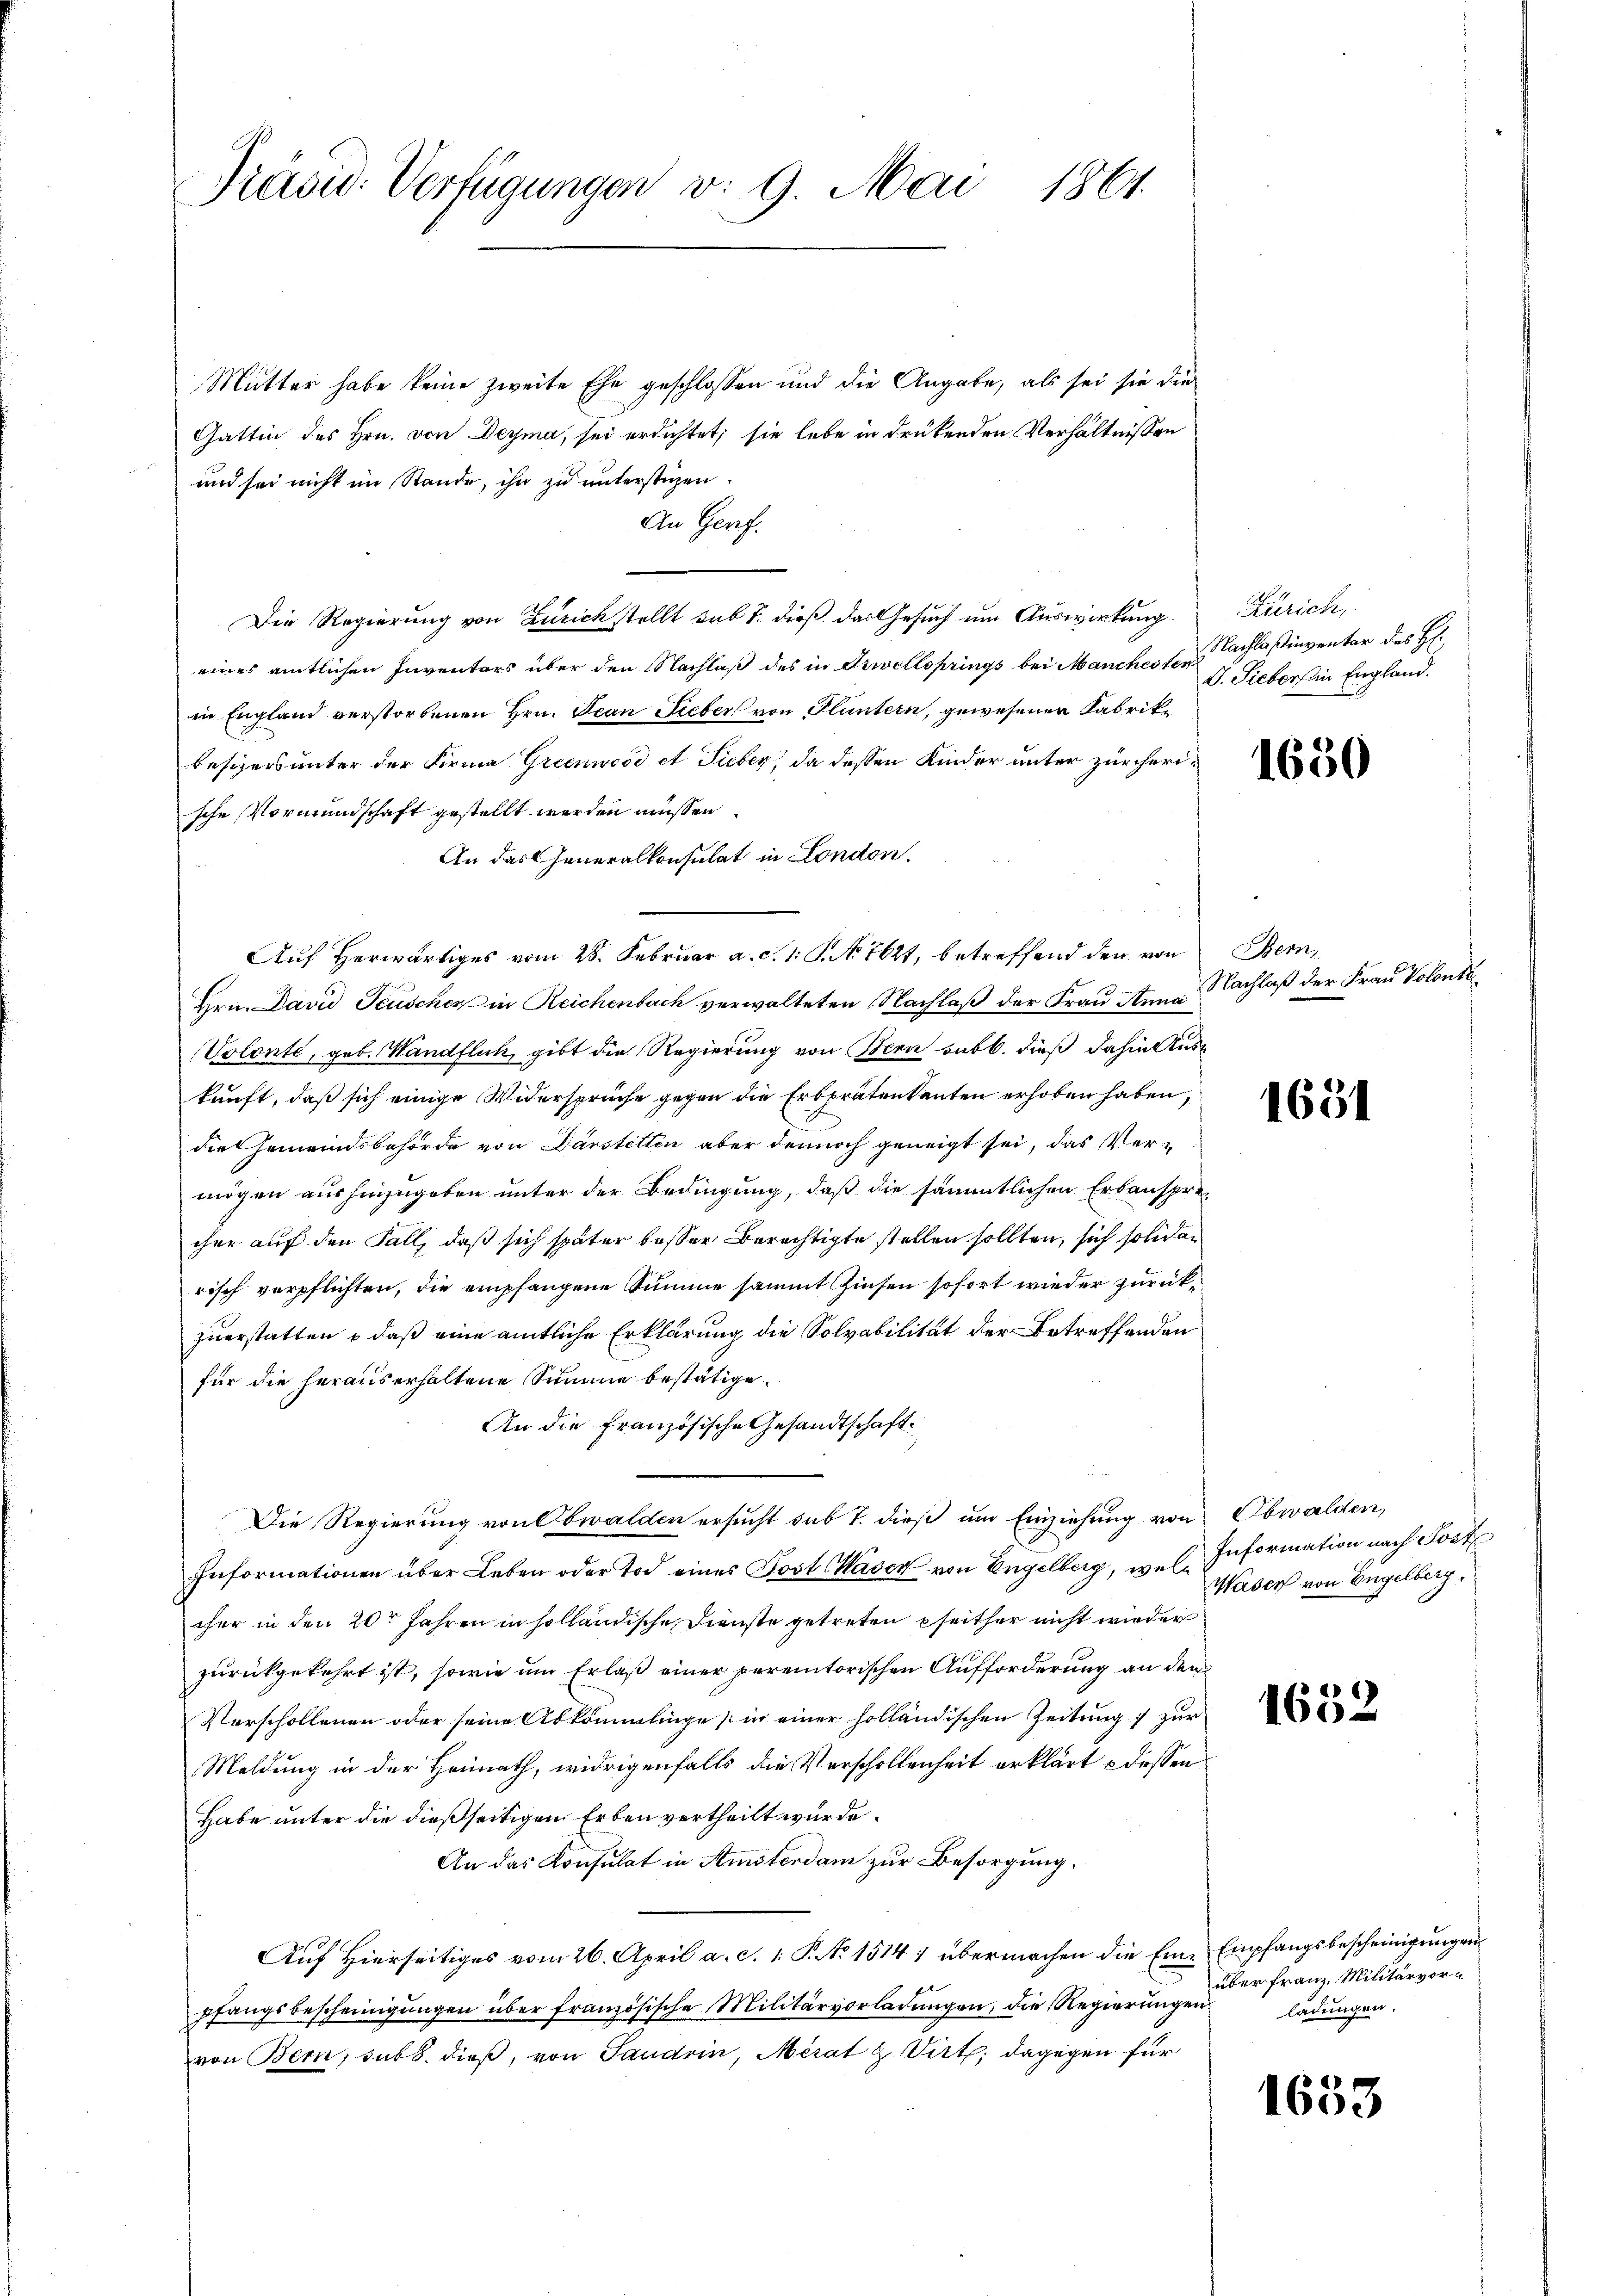
1801
Präsid. Verfügungen v. 9. Mai

Mutter habe keine zweite Ehe geschlossen und die Angabe, als sei sie die
Gattin des Hrn. von Deyma, sei erdichtet; sie lebe in drükenden Verhältnissen
und sei nicht im Stande, ihn zu unterstüzen.
An Gerf.
Die Regierung von Zürich stellt sub 7. dieß das Gesuch um Auswirkung
eines amtlichen Inventars über den Nachlaß des in Triellsprings bei Manchesten
in England verstorbenen Hrn. Jean Lieber von Fluntern, gewesenen Fabrikbesizers unter der Firma Grienwood et Sieber, da dessen Kinder unter zürcherische Vormundschaft gestellt werden müssen.
An das Generalkonsulat in London.
Auf herwärtiges vom 28. Februar a. c. 1. P. No 1621, betreffend den von
Hrn. David Feuschen in Reichenbach verwalteten Nachlaß der Frau Anna
Volonté, geb. Wandflich, gibt die Regierung von Bern sub b. dieß dahin Aus
kunft, daß sich einige Widersprüche gegen die Erbpräten kanten erhoben haben,
die Gemeindsbehörde von Darstetten aber dennoch geneigt sei, das Vermögen aushinzugeben unter der Bedingung, daß die sämmtlichen Erbausprecher auf den Fall, daß sich später besser Berechtigte stellen sollten, sich solid an
risch verpflichten, die empfangene Summe sammt Zinsen sofort wieder zurückzuerstatten & daß eine amtliche Erklärung die Solvabilität der Betreffenden
für die heraus erhaltene Summe bestätige.
An die Französische Gesandtschaft
Die Regierung von Obwalden ersucht sub 7. dieß um Einziehung von Obwalden,
Informationen über Leben oder Tod eines Post Caser von Engelberg, was Information nach Post
cher in den 20t Jahren in solländische Dienste getreten seither nicht wieder
zurückgekehrt ist, sowie um Erlaß einer peremtorischen Aufforderung an den
Verschollenen oder seine Abkömmlinge in einer holländischen Zeitung zur
Meldung in der Heimath, widrigenfalls die Verschollenheit erklärt 3 dessen
Habe unter die dießseitigen Erben vertheilt wurde.
An das Konsulat in Amsterdam zur Besorgung.
Auf Hierseitiges vom 26. April a. c. 1. P. No 1514 1 übermachen die Eine Empfangsbescheinigungen
pfangsbescheinigŭngen über französische Militärverladungen, die Regierungen
von Bern, sub b. dieß, von Saudrin, Merat & Virt; dagegen für

Zürich,
Nachlaßingentar des H:
V. Sieber in England.

1650

Bern,
Nachlaß der Frau Volonté

1651

Waser von Engelberg.

1652

über Franz, Militärvorladungen.

1653